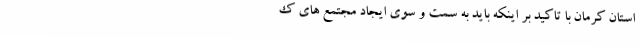
استان کرمان با تاکید بر اینکه باید به سمت و سوی ایجاد مجتمع های ک